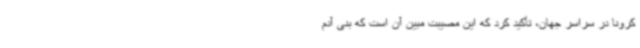
کرونا در سراسر جهان، تأکید کرد که این مصیبت مبین آن است که بنی آدم